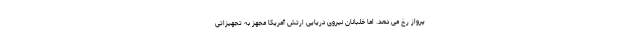
پرواز رخ می دهد. اما خلبانان نیروی دریایی ارتش آمریکا مجهز به تجهیزاتی